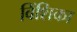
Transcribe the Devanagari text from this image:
विंशिका